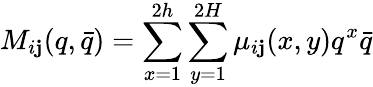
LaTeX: M_{i\mathbf{j}}(q,\bar{{q}})=\sum_{x=1}^{2h}\sum_{y=1}^{2H}\mu_{i\mathbf{j}}(x,y)q^{x}\bar{{q}}